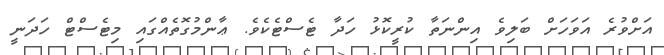
އަށްވުރެ އަވަހަށް ބަލިވެ އިންނަތާ ކުރީކޮޅު ހަދާ ޓެސްޓެކެވެ. ޢާންމުގޮތެއްގައި މިޓެސްޓް ހަދަނީ